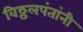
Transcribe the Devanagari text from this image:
विठ्ठलपंतांनी